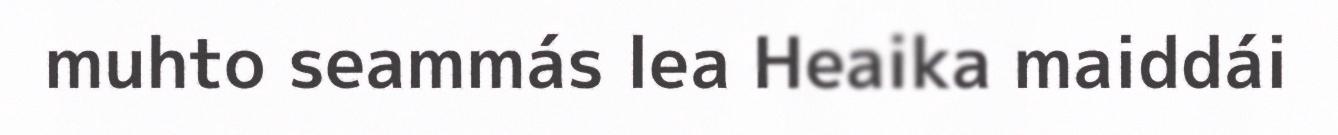
muhto seammás lea Heaika maiddái